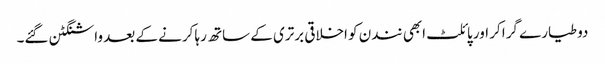
دو طیارے گرا کر اور پائلٹ ابھی نندن کو اخلاقی برتری کے ساتھ رہا کرنے کے بعد واشنگٹن گئے۔